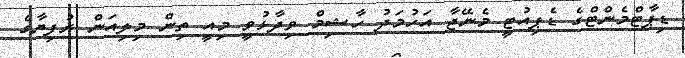
ޑިޕާޓްމެންޓްގެ ޑެޕިއުޓީ މެނޭޖާ އަހުމަދުު ހާޝިމް ވިދާޅުވީ މިއީ ތިން މިލިއަން ރުފިޔާގެ